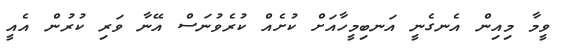
ވީމާ މިއިން އެނގެނީ އަނބިމީހާއަށް ކުށެއް ކުރެވުނަސް އޭނާ ވަރި ކުރުން އެއީ